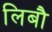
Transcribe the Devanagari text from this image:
लिबौ